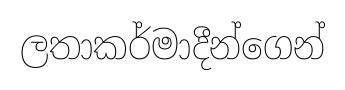
ලතාකර්මාදීන්ගෙන්